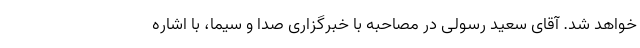
خواهد شد. آقای سعید رسولی در مصاحبه با خبرگزاری صدا و سیما، با اشاره